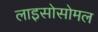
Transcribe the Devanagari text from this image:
लाइसोसोमल